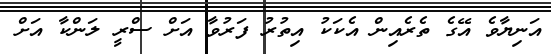
އަނިޔާވެ އޭގެ ތެރެއިން އެކަކު އިތުރު ފަރުވާ އަށް ސްރީ ލަންކާ އަށް